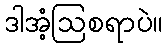
ဒါအံ့ဩစရာပဲ။